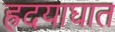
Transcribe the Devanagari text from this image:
ह्रदयाघात